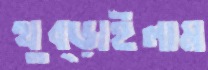
থুব্‌ড়াইলাম